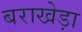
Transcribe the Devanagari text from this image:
बराखेड़ा